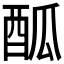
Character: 𨠋